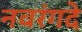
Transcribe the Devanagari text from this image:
नवरंगदे